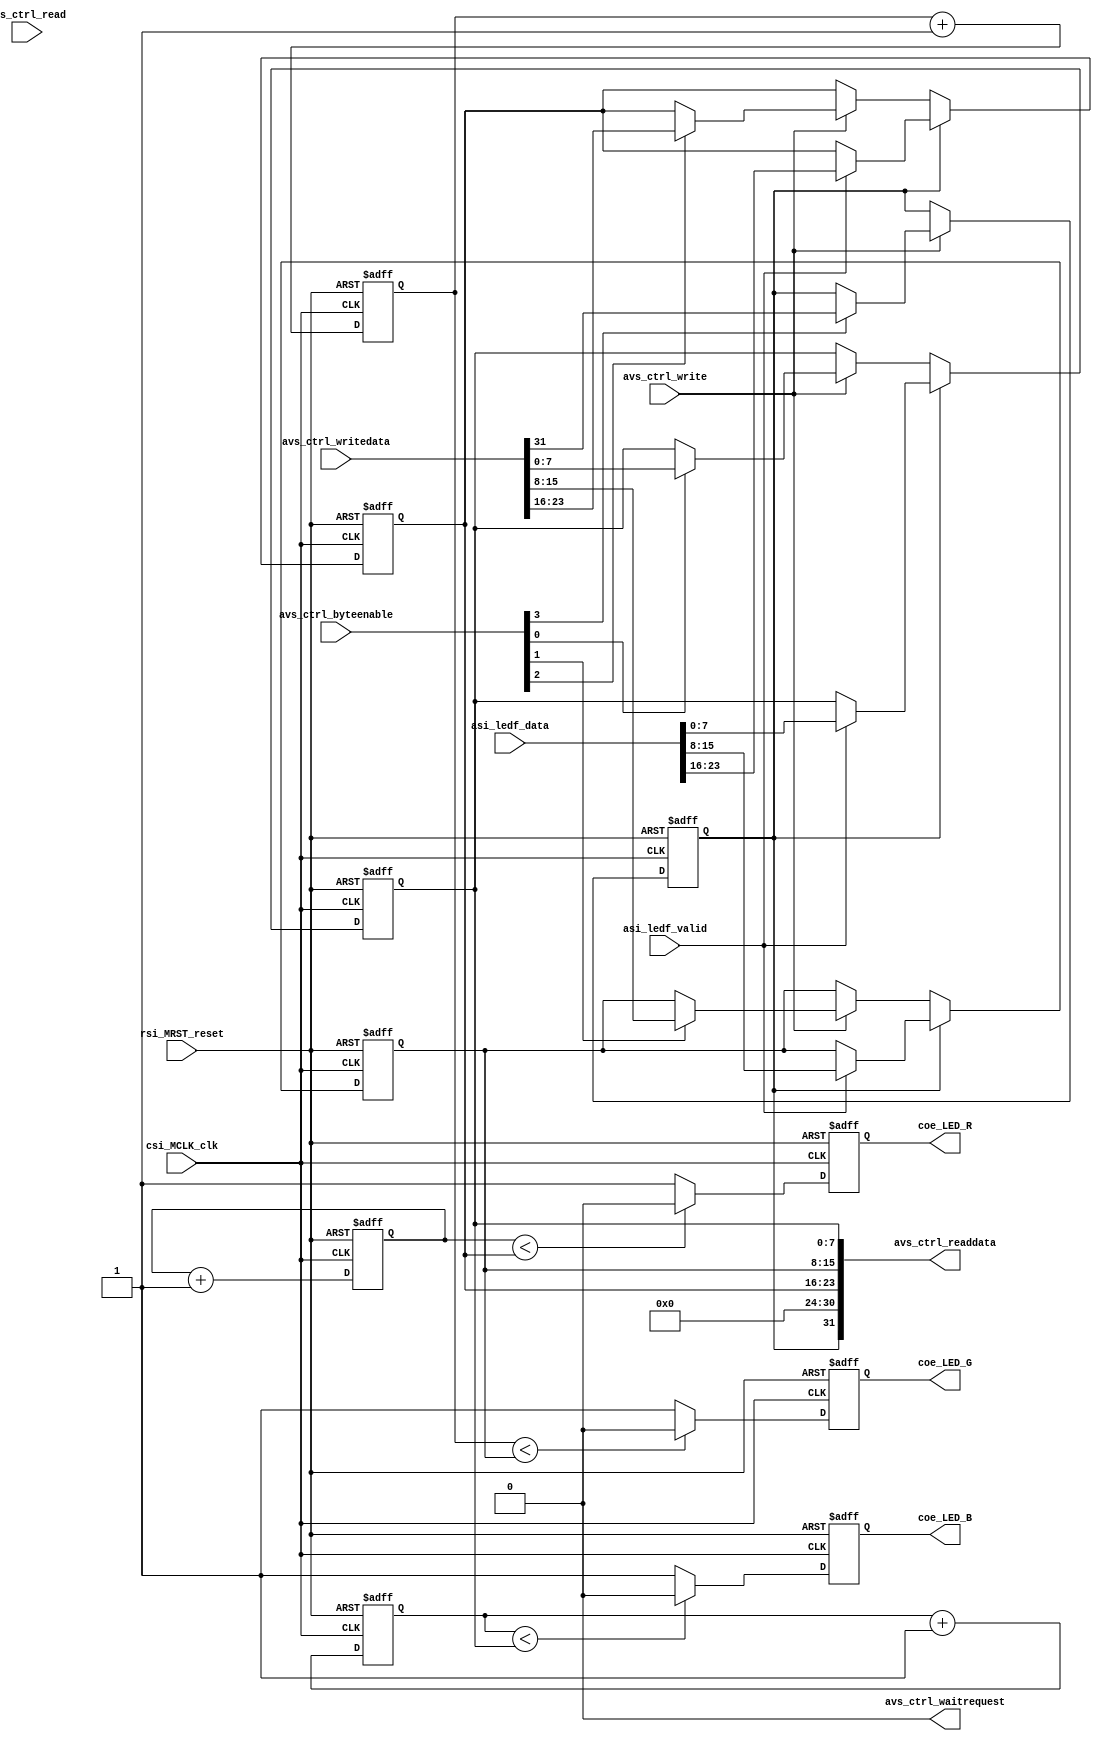
module basic_FuncLED(
input					rsi_MRST_reset,	
input					csi_MCLK_clk,
input		[31:0]	avs_ctrl_writedata,
output	[31:0]	avs_ctrl_readdata,
input		[3:0]		avs_ctrl_byteenable,
input					avs_ctrl_write,
input					avs_ctrl_read,
output				avs_ctrl_waitrequest,
input		[23:0]	asi_ledf_data,
input					asi_ledf_valid,
output				coe_LED_R,
output				coe_LED_G,
output				coe_LED_B
);
assign	avs_ctrl_readdata = {led_asi_en, 7'b0, led_r_data, led_g_data, led_b_data};
assign	avs_ctrl_waitrequest = 1'b0;
reg		[7:0]		led_r_data, led_g_data, led_b_data;
reg		[7:0]		led_r_cnt, led_g_cnt, led_b_cnt;
reg					led_r, led_g, led_b;
reg					led_asi_en;
assign	coe_LED_R = led_r;
assign	coe_LED_G = led_g;
assign	coe_LED_B = led_b;
always@(posedge csi_MCLK_clk or posedge rsi_MRST_reset)
begin
	if(rsi_MRST_reset) begin
		led_r_data <= 0;
		led_g_data <= 0;
		led_b_data <= 0;
		led_asi_en <= 0;
	end
	else begin
		if(avs_ctrl_write) begin
			if(avs_ctrl_byteenable[3]) led_asi_en <= avs_ctrl_writedata[31];
		end
		if(led_asi_en) begin
			if(asi_ledf_valid) begin
				led_r_data <= asi_ledf_data[23:16];
				led_g_data <= asi_ledf_data[15:8];
				led_b_data <= asi_ledf_data[7:0];
			end
		end
		else if(avs_ctrl_write) begin
			if(avs_ctrl_byteenable[2]) led_r_data <= avs_ctrl_writedata[23:16];
			if(avs_ctrl_byteenable[1]) led_g_data <= avs_ctrl_writedata[15:8];
			if(avs_ctrl_byteenable[0]) led_b_data <= avs_ctrl_writedata[7:0];
		end
	end
end
always@(posedge csi_MCLK_clk or posedge rsi_MRST_reset)
begin
	if(rsi_MRST_reset) begin
		led_r_cnt <= 0;
		led_g_cnt <= 0;
		led_b_cnt <= 0;
		led_r <= 1'b1;
		led_g <= 1'b1;
		led_b <= 1'b1;
	end
	else begin
		led_r_cnt <= led_r_cnt + 1;
		led_g_cnt <= led_g_cnt + 1;
		led_b_cnt <= led_b_cnt + 1;
		if(led_r_cnt < led_r_data) led_r <= 1'b0; else led_r <= 1'b1;
		if(led_g_cnt < led_g_data) led_g <= 1'b0; else led_g <= 1'b1;
		if(led_b_cnt < led_b_data) led_b <= 1'b0; else led_b <= 1'b1;
	end
end
endmodule